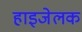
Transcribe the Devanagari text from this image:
हाइजेलक